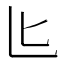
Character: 𪟨